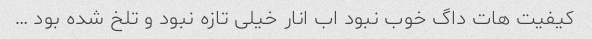
کیفیت هات داگ خوب نبود اب انار خیلی تازه نبود و تلخ شده بود …